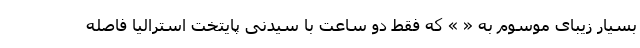
بسیار زیبای موسوم به « » که فقط دو ساعت با سیدنی پایتخت استرالیا فاصله